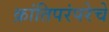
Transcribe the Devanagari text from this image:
क्रांतिपरंपरेचे